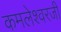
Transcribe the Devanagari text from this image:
कमलेश्वरजी